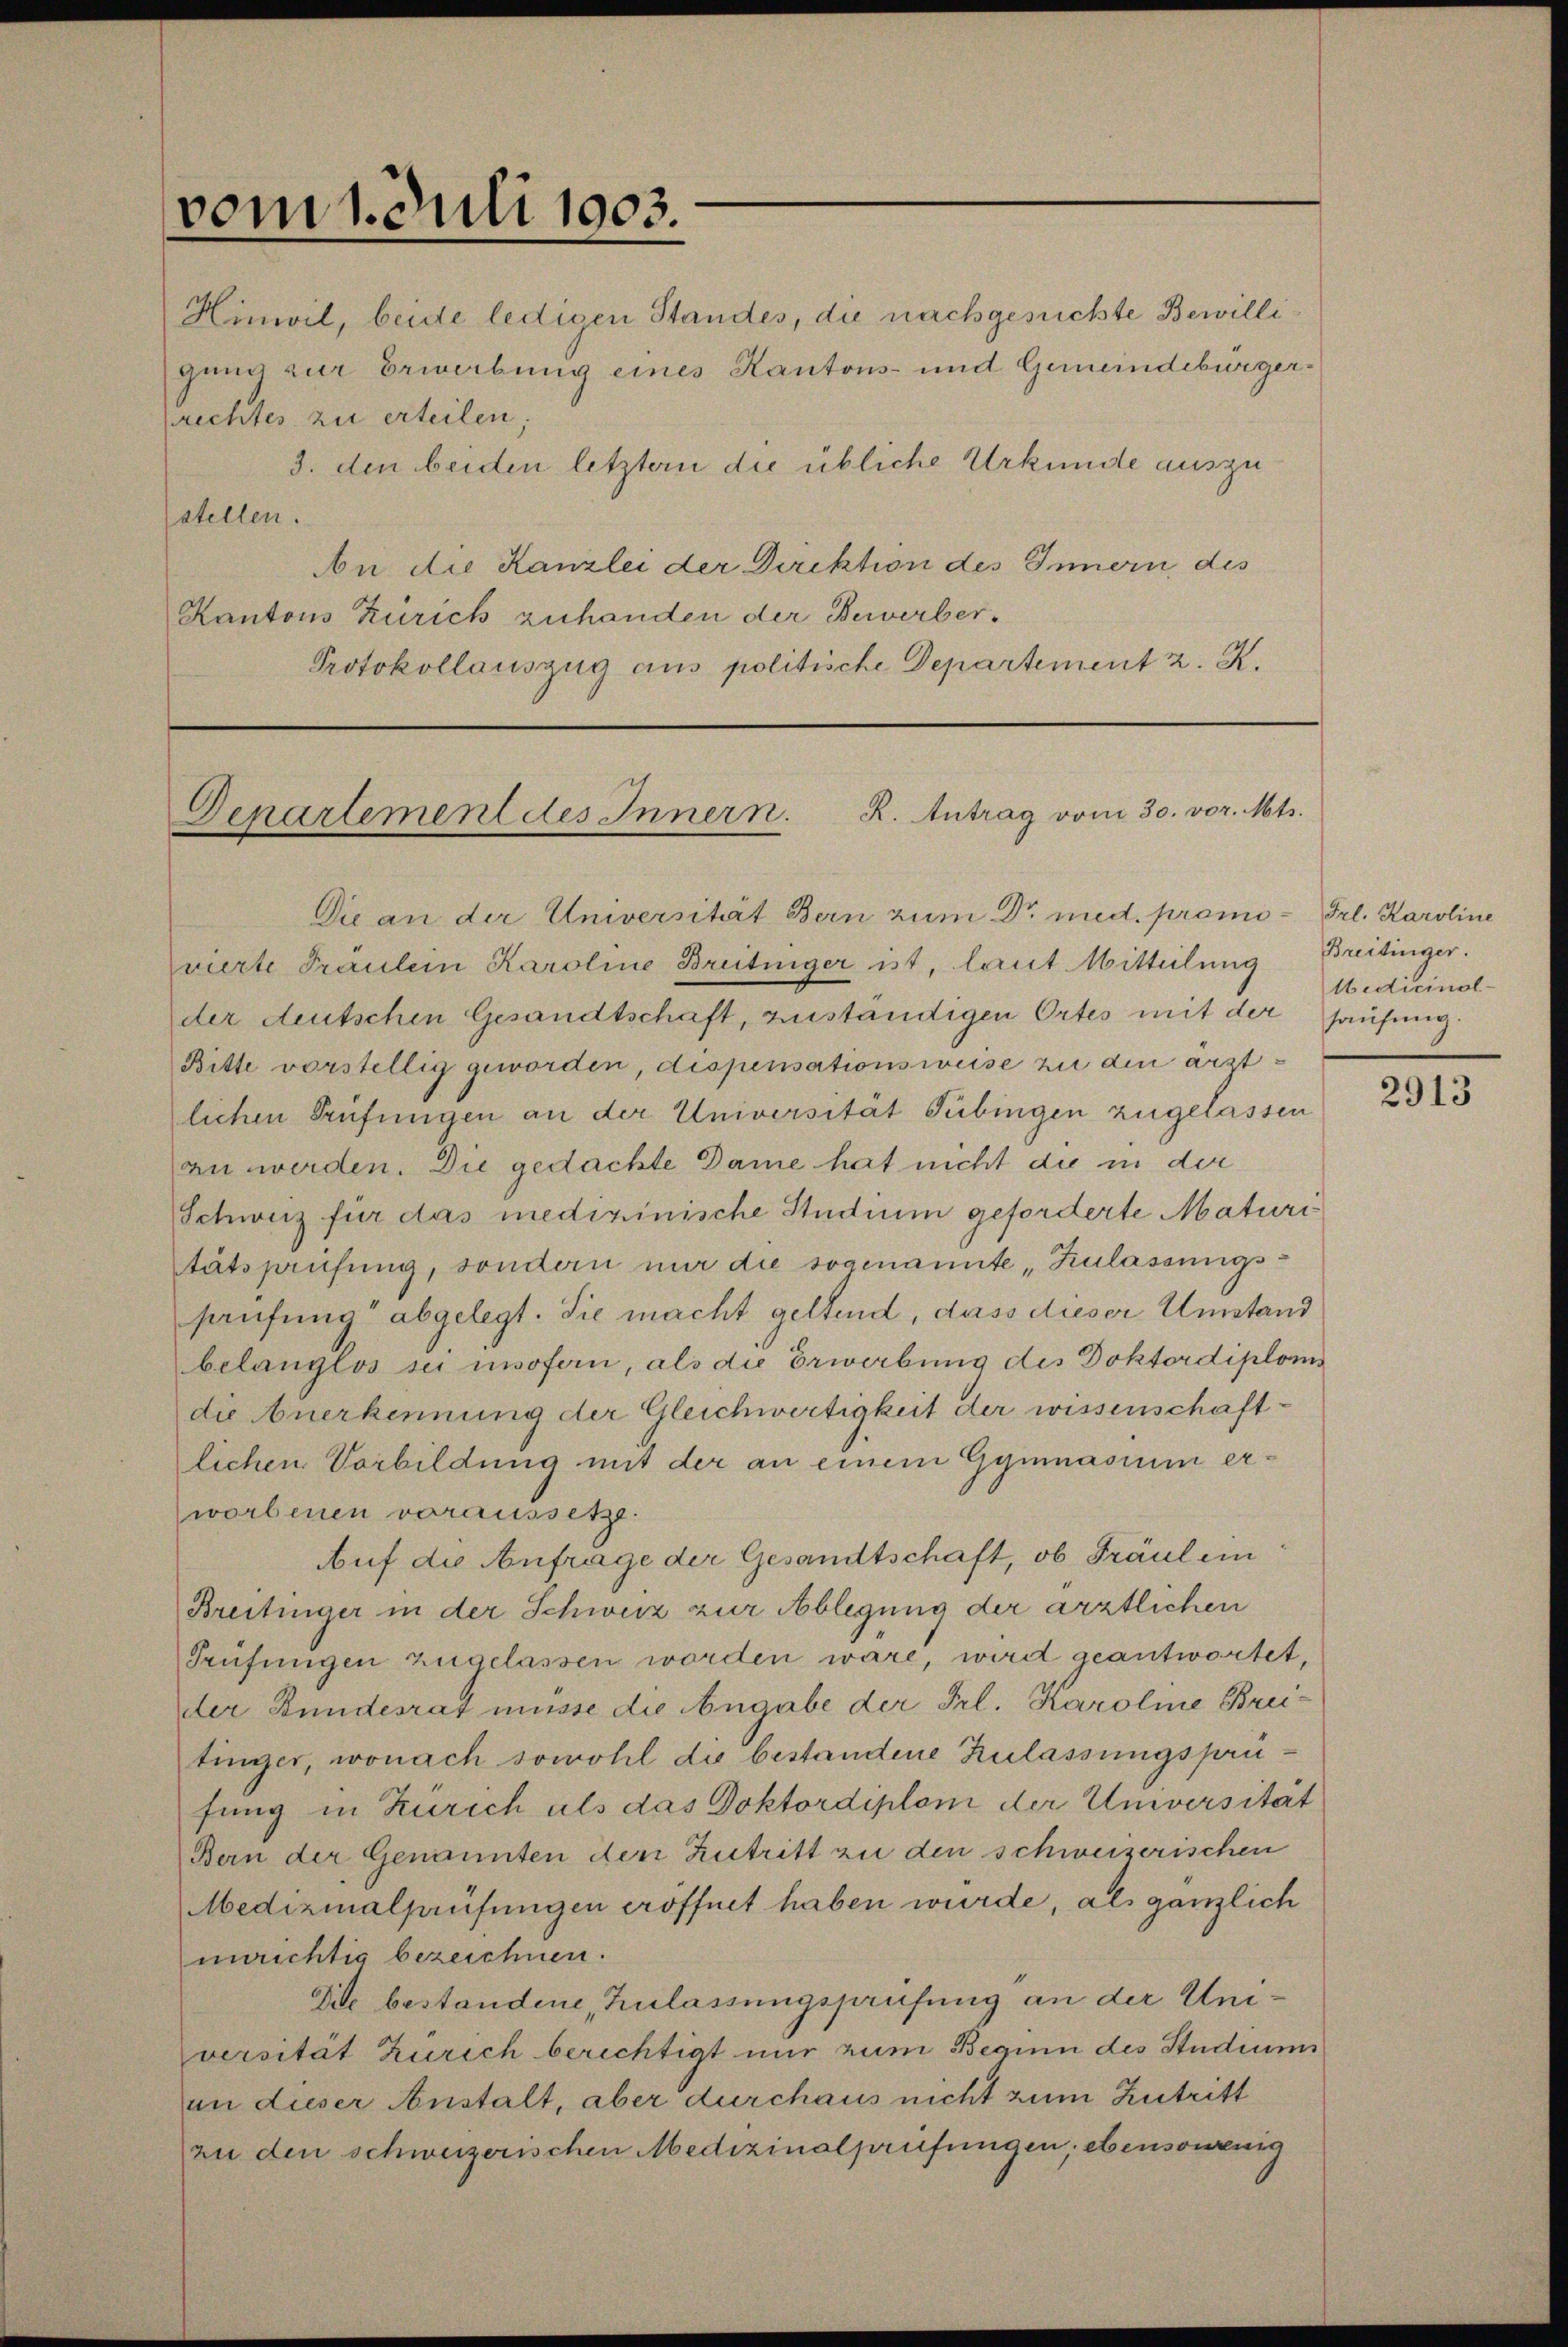
vom 1. Juli 1903.
I.

Denartement des Innern. R. Antrag vom 30. vor. Mts.

Hinwil, beide ledigen Standes, die nachgesuchte Bewilligung zur Erwerbung eines Kantons- und Gemeindebürgerrechtes zu erteilen;
3. den beiden letztern die übliche Urkunde auszustellen.
An die Kanzlei der Direktion des Innern des
Kantons Zürich zuhanden der Bewerber¬
Protokollauszug aus politische Departement 2. K.

Die an der Universität Bern zum Dr. med. premi- Frl. Karoline
vierte Präulein Karoline Breitinger ist, laut Mitteilung
der deutschen Gesandtschaft, zuständigen Ortes mit der Haufung
Bitte vorstellig geworden, dispensationsweise zu den ärztlichen Prüfungen an der Universität Tübingen zugelassen
an werden. Die gedachte Dame hat nicht die in der
Schweiz für das medizinische Studium geforderte Maturi
tätsprüfung, sondern nur die sogenannte „Zulassungshaufung abgelegt. Sie macht geltend, dass dieser Umstand
belanglos sei insofern, als die Erwerbung des Doktordiploms
die Anerkennung der Gleichwertigkeit der wissenschaftlichen Vorbildung mit der an einem Gymnasium erworbenen voraussetze.
Auf die Anfrage der Gesandtschaft, ob Fräulein
Breitinger in der Schweiz zur Ablegung der ärztlichen
Prüfungen zugelassen worden wäre, wird geantwortet,
der Bundesrat müsse die Angabe der Frl. Karoline Breitinger, wonach sowohl die bestandene Zulassungsprufung in Zürich als das Doktordiplom der Universität
Bern der Genannten den Zutritt zu den schweizerischen
Medizinalprüfungen eröffnet haben wurde, als gänzlich
unrichtig bezeichnen.
Die bestandene Zulassungsprüfung an der Universität Zürich berichtigt nur zum Beginn des Studium
an dieser Anstalt, aber durchaus nicht zum Zutritt
zu den schweizerischen Medizinalprüfungen; ebensowenig

Breitinger.
Medicinal-

2913